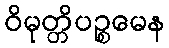
ဝိမုတ္တိပဉ္စမေန